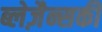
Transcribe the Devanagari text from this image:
ब्लेज़ैन्सकी